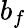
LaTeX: b_{f}